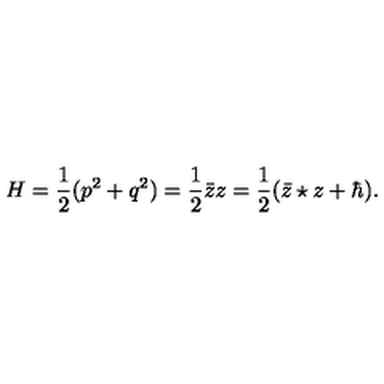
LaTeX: H = \frac { 1 } { 2 } ( p ^ { 2 } + q ^ { 2 } ) = \frac { 1 } { 2 } { \bar { z } } z = \frac { 1 } { 2 } ( { \bar { z } } \star z + \hbar ) .